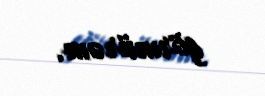
görmürəm.